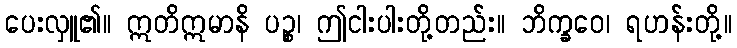
ပေးလှူ၏။ ဣတိဣမာနိ ပဉ္စ၊ ဤငါးပါးတို့တည်း။ ဘိက္ခဝေ၊ ရဟန်းတို့။